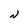
Character: N